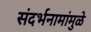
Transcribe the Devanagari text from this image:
संदर्भनामांमुळे